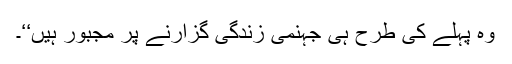
وہ پہلے کی طرح ہی جہنمی زندگی گزارنے پر مجبور ہیں‘‘۔